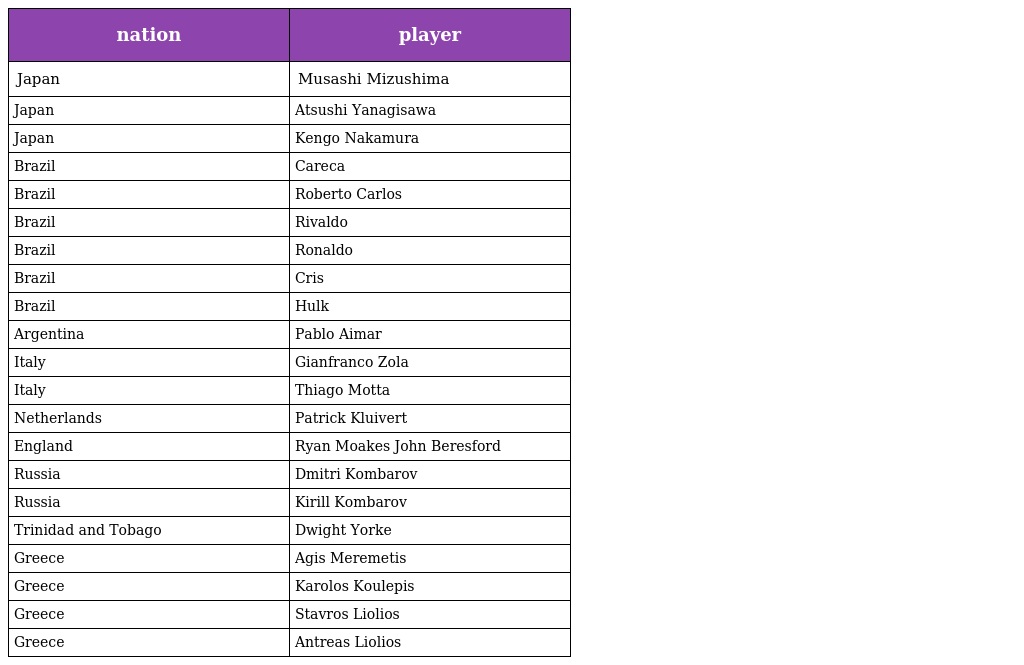
| nation | player |
 | --- | --- |
 | Japan | Musashi Mizushima |
 | Japan | Atsushi Yanagisawa |
 | Japan | Kengo Nakamura |
 | Brazil | Careca |
 | Brazil | Roberto Carlos |
 | Brazil | Rivaldo |
 | Brazil | Ronaldo |
 | Brazil | Cris |
 | Brazil | Hulk |
 | Argentina | Pablo Aimar |
 | Italy | Gianfranco Zola |
 | Italy | Thiago Motta |
 | Netherlands | Patrick Kluivert |
 | England | Ryan Moakes John Beresford |
 | Russia | Dmitri Kombarov |
 | Russia | Kirill Kombarov |
 | Trinidad and Tobago | Dwight Yorke |
 | Greece | Agis Meremetis |
 | Greece | Karolos Koulepis |
 | Greece | Stavros Liolios |
 | Greece | Antreas Liolios |